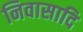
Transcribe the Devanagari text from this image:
निवासादि